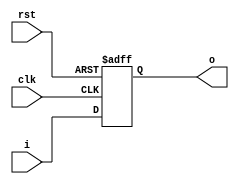
module register(
  input wire clk, rst,
  input wire [6:0] i,
  output reg [6:0] o
);
  always @(posedge clk, posedge rst) 
  begin
    if (rst)
      o <= 7'b0000_000;
    else
      o <= i;
  end

endmodule